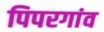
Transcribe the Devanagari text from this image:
पिपरगांव